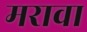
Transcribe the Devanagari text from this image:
मरावा